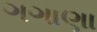
ગગાણા